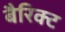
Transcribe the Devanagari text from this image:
बैरिक्ट